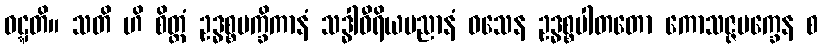
ဝဋ္ဋတိ။ သတိ ဟိ စိတ္တံ ဥဒ္ဓစ္စပက္ခိကာနံ သဒ္ဓါဝီရိယပညာနံ ဝသေန ဥဒ္ဓစ္စပါတတော ကောသဇ္ဇပက္ခေန စ